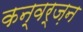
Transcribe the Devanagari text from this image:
कन्वर्ज़न